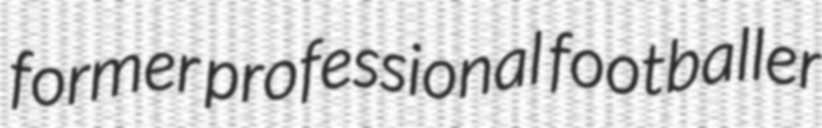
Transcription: former professional footballer